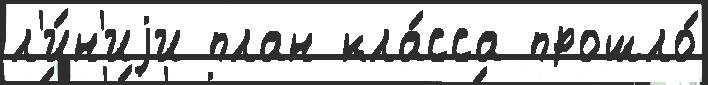
л'и́н'иjи план кла́сса прошло́